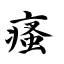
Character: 瘙